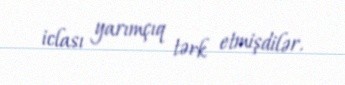
iclası yarımçıq tərk etmişdilər.